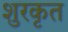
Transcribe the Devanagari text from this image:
शुरकृत